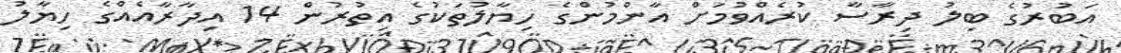
އަބުރުގެ ބިލު ދިރާސާ ކުރެއްވުމަށް އާންމުންގެ ހިޔާލުތަކުގެ އިތުރުން 14 އިދާރާއެއްގެ ހިޔާލު